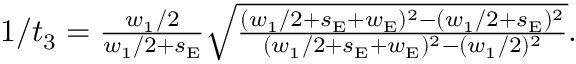
\begin{array} { r } { 1 / t _ { 3 } = \frac { w _ { 1 } / 2 } { w _ { 1 } / 2 + s _ { \mathrm { E } } } \sqrt { \frac { ( w _ { 1 } / 2 + s _ { \mathrm { E } } + w _ { \mathrm { E } } ) ^ { 2 } - ( w _ { 1 } / 2 + s _ { \mathrm { E } } ) ^ { 2 } } { ( w _ { 1 } / 2 + s _ { \mathrm { E } } + w _ { \mathrm { E } } ) ^ { 2 } - ( w _ { 1 } / 2 ) ^ { 2 } } } . } \end{array}